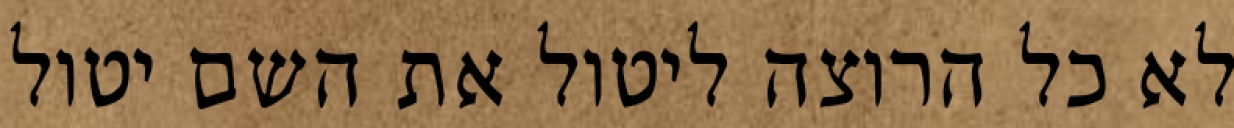
לא כל הרוצה ליטול את השם יטול